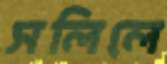
সলিলে